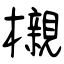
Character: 櫬